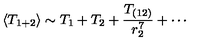
\langle T _ { 1 + 2 } \rangle \sim T _ { 1 } + T _ { 2 } + \frac { T _ { ( 1 2 ) } } { r _ { 2 } ^ { 7 } } + \cdots